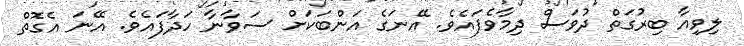
ލިވިއާ ބިރުގަތް ދުވަސް ދިމާވެފައެވެ. އޭނަގެ އަންބަކަށް ސަވާނާ ހަދާފައެވެ. އޭނަ އެގޮތް